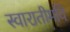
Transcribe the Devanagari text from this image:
स्वारातीमवि